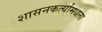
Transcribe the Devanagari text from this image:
शासनकर्त्यांमधला